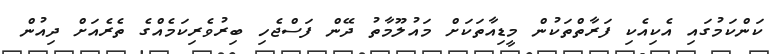
ކަންކަމުގައި އެކިއެކި ފަރާތްތަކުން މީޑިއާތަކަށް މައުލޫމާތު ދޭން ފަސްޖެހި ބިރުވެރިކަމެއްގެ ތެރެއަށް ދިއުން